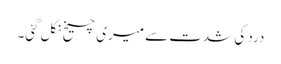
درد کی شدت سے میری چیخ نکل گئی۔